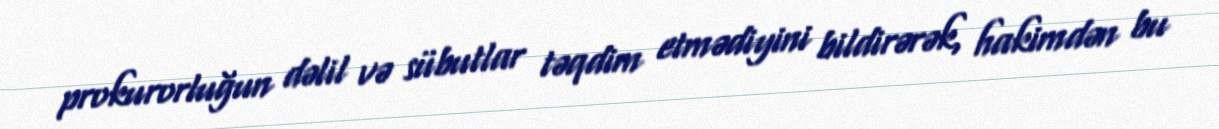
prokurorluğun dəlil və sübutlar təqdim etmədiyini bildirərək, hakimdən bu